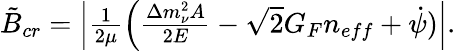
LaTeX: \begin{array}{c}{{\tilde{B}_{cr}=\left|{\frac{1}{2\mu}}\Big({\frac{\Delta m_{\nu}^{2}A}{2E}}-\sqrt{2}G_{F}n_{eff}+{\dot{\psi}})\right|.}}\end{array}